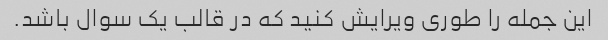
این جمله را طوری ویرایش کنید که در قالب یک سوال باشد.